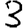
Digit: 3